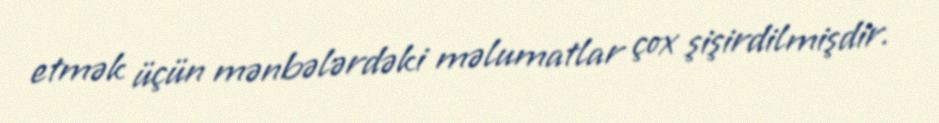
etmək üçün mənbələrdəki məlumatlar çox şişirdilmişdir.